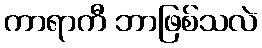
ကာရာကီ ဘာဖြစ်သလဲ